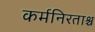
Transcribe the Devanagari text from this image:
कर्मनिरताश्च